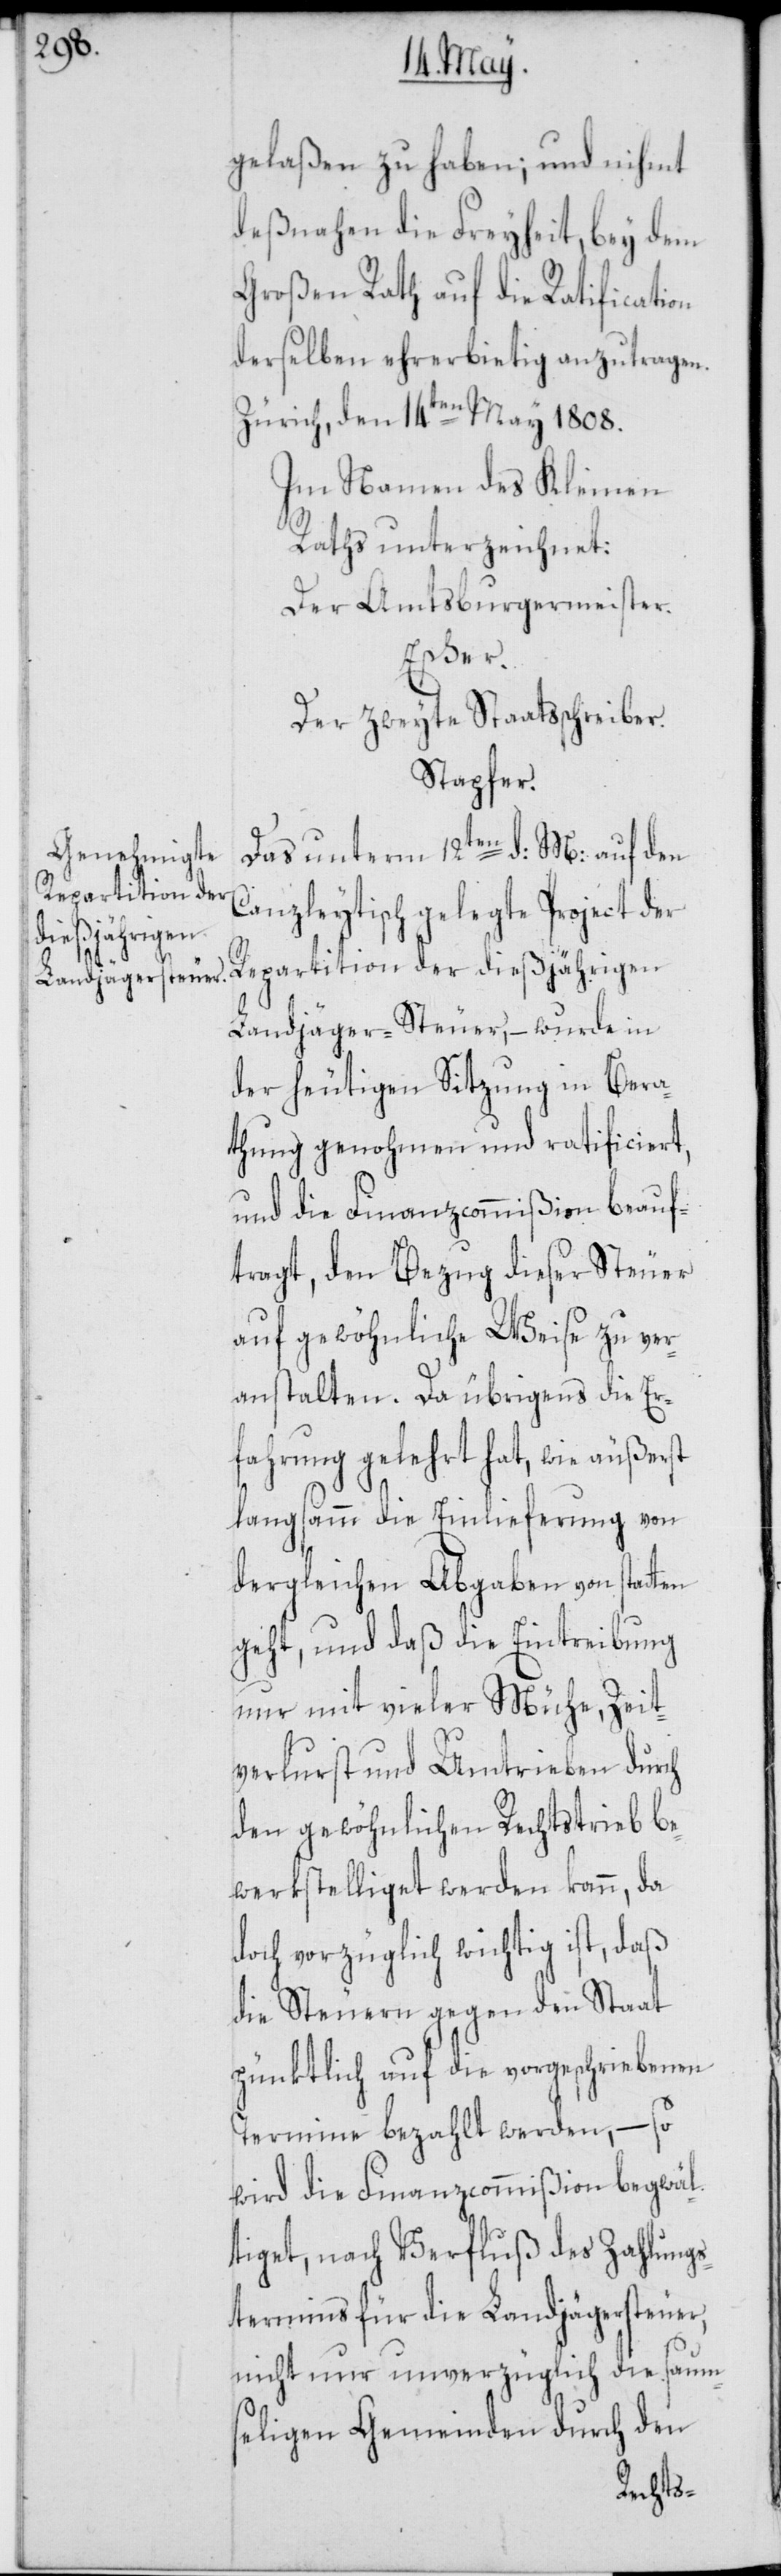
gelaßen zu haben; und nihmt
deßnahen die Freyheit, bey dem
Großen Rath auf die Ratification
derselben ehrerbietig anzutragen.
Zürich, den 14ten May 1808.
Im Namen des Kleinen
Raths unterzeichnet:
Der Amtsburgermeister.
Escher.
Der zweyte Staatsschreiber.
Stapfer.
Das unterm 12ten d: M: auf den
Canzleytisch gelegte Project der
Repartition der dießjährigen
Landjäger-Steuer, – wurde in
der heutigen Sitzung in Bera¬
thung genohmen und ratificiert,
und die Finanzcommißion beauf¬
tragt, den Bezug dieser Steuer
auf gewöhnliche Weise zu ver¬
anstalten. Da übrigens die Er¬
fahrung gelehrt hat, wie äußerst
langsamm die Einlieferung von
dergleichen Abgaben von statten
geht, und daß die Eintreibung
nur mit vieler Mühe, Zeit¬
verlurst und Umtrieben durch
den gewöhnlichen Rechtstrieb be¬
werkstelliget werden kann, da
doch vorzüglich wichtig ist, daß
die Steuern gegen den Staat
pünktlich auf die vorgeschriebenen
Termine bezahlt werden, – so
wird die Finanzcommißion begwäl¬
tiget, nach Verfluß des Zahlungs¬
termins für die Landjägersteuer,
nicht nur unverzüglich die saum¬
seligen Gemeinden durch den